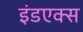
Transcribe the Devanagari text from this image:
इंडएक्स